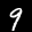
Label: 9